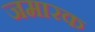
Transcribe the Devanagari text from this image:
जमारक